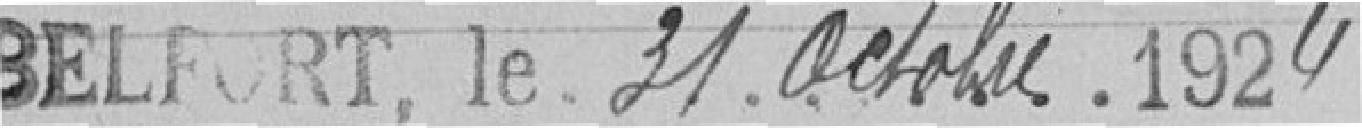
Belfort, le 31 octobre 1924